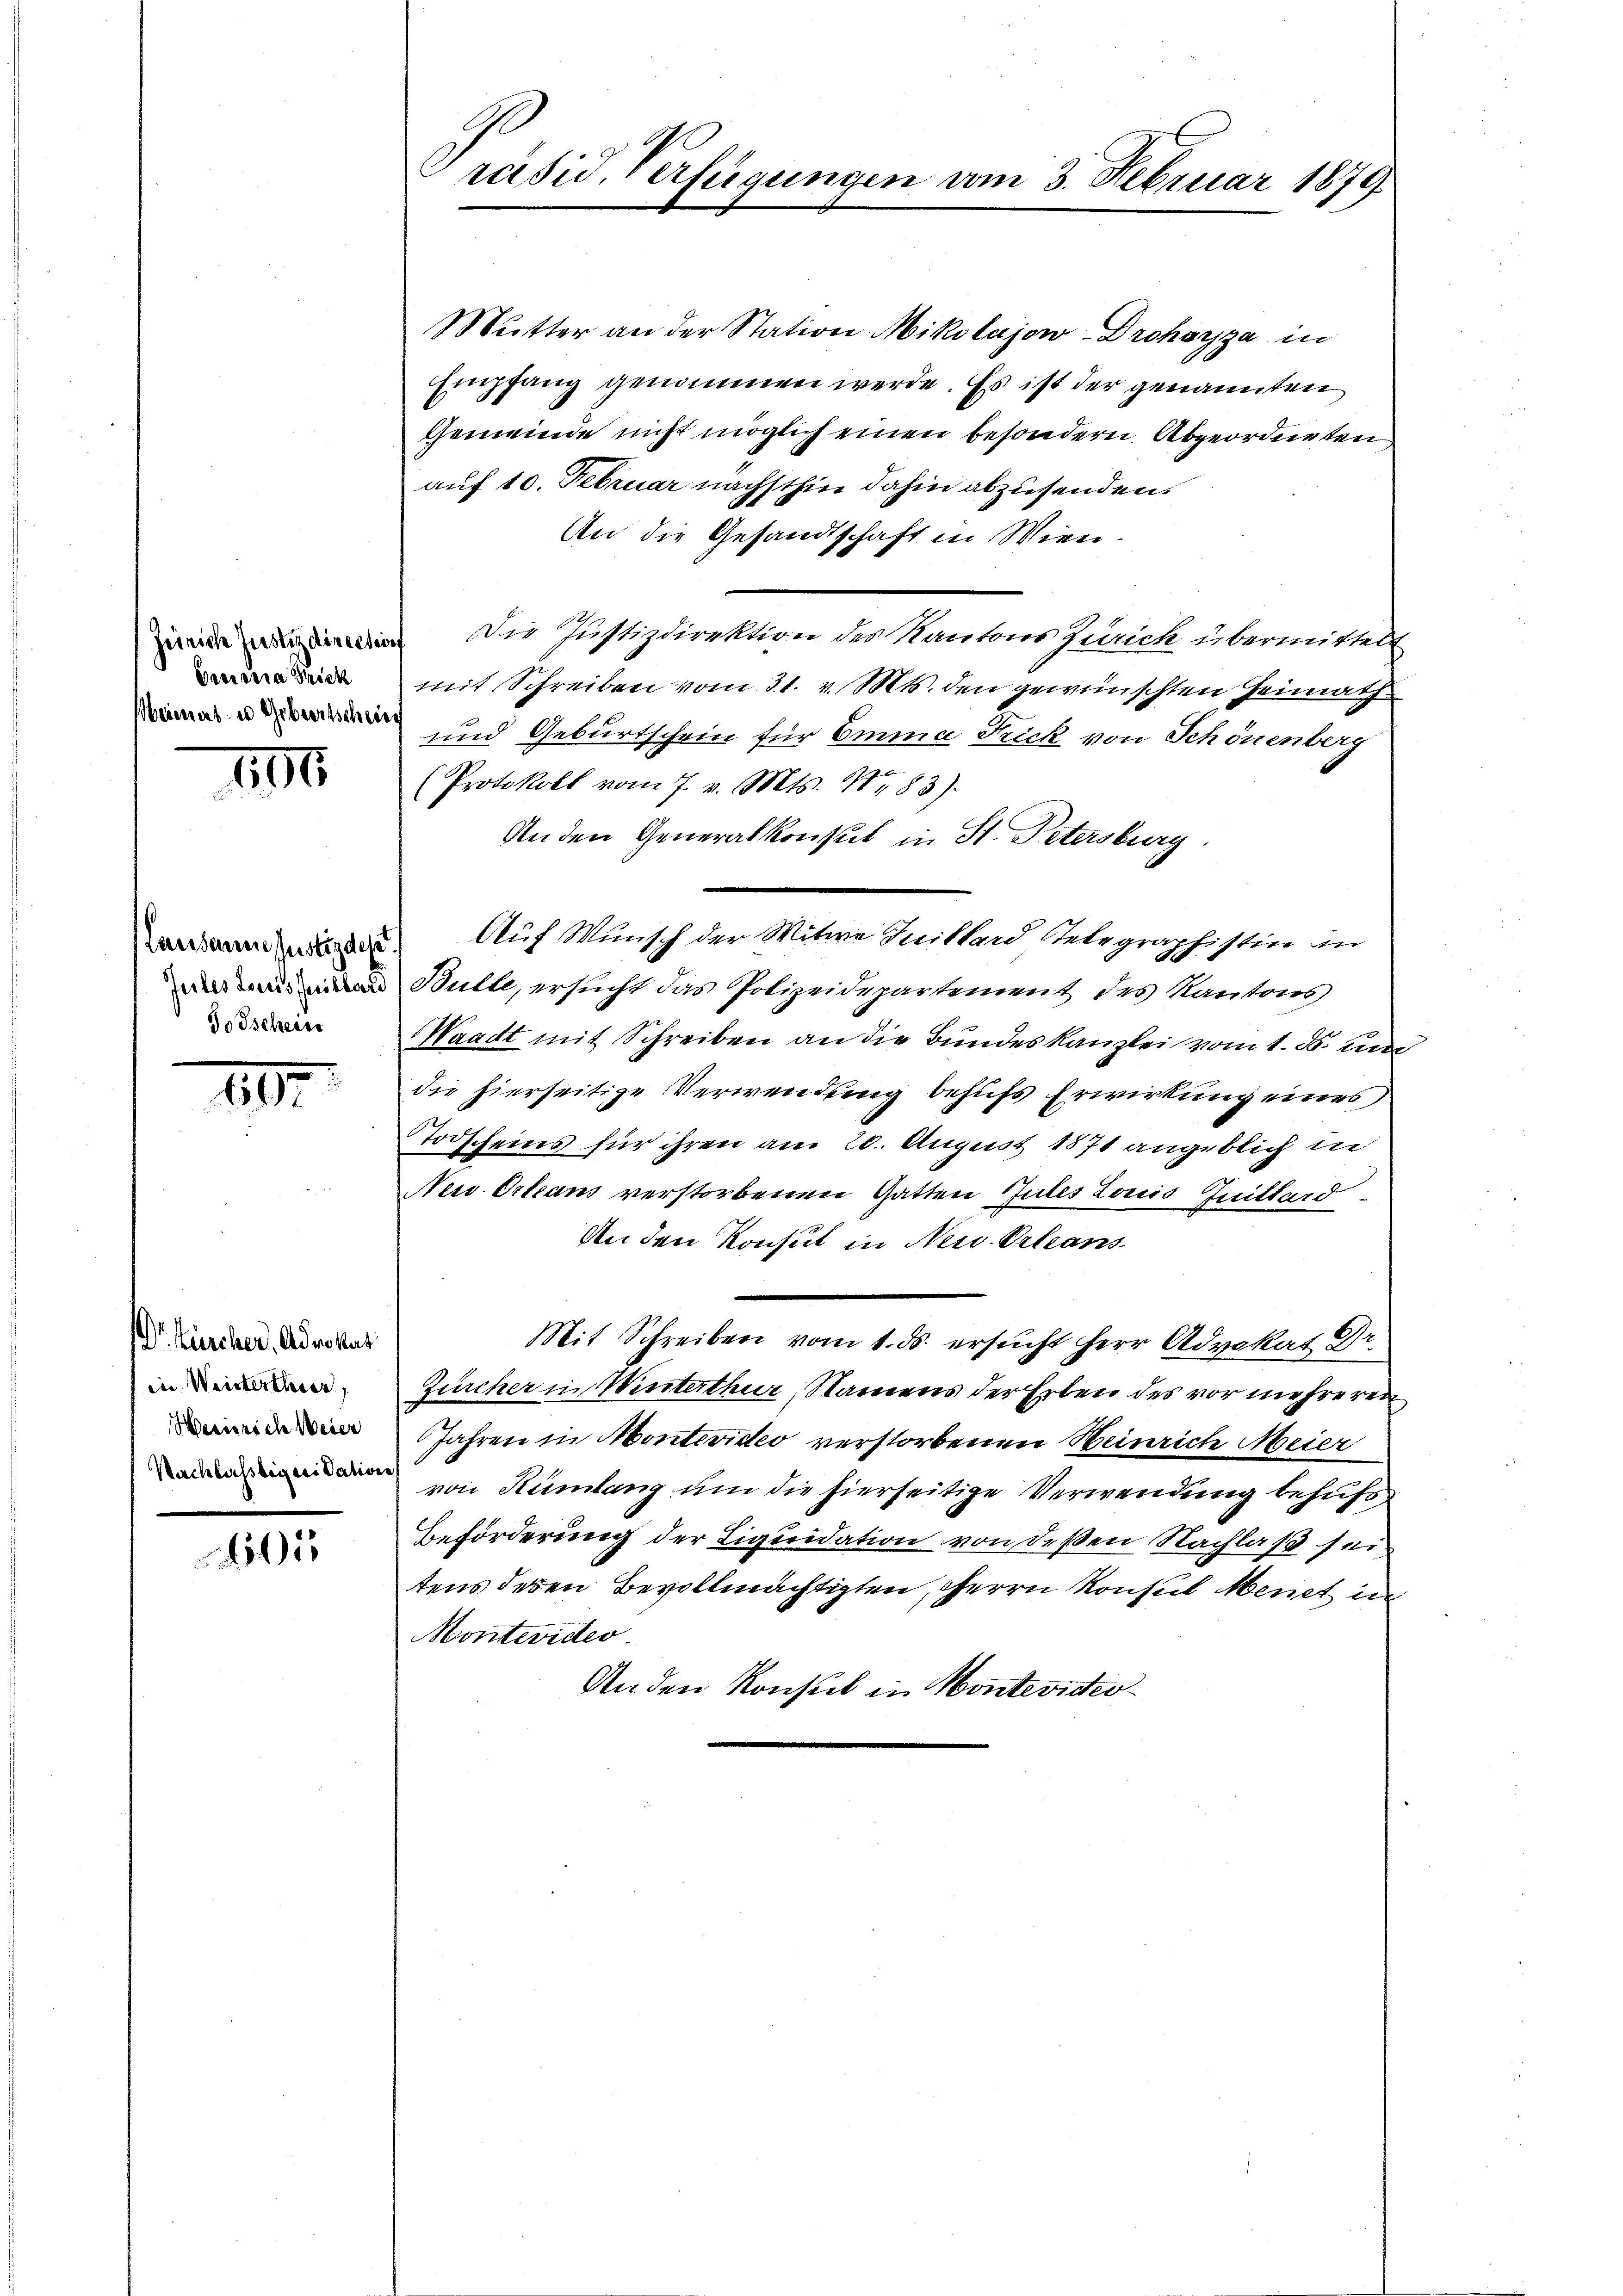
Parisera dick

1191

Lausanne justizdese
Juites Loreis Feilbar
Todscheits

1

Dr. Zürcher, Advokat
1 in Weisterther,
Weinriche Weier
Nachlassberei dation

01

räsid. Verfügungen vom 3. Februar 1879

Mutter an der Station Mikolajow-Drohoyga in
Empfang genommen werde. Es ist der genannten
Gemeinde nicht möglich einen besondern Abgeordneten
auf 10. Februar nächsthin dahin abzusenden.
An die Gesandtschaft in Wien.
 Die Justizdirektion des Kantons Zürich übermittelt
mit Schreiben vom 31. v. Mts. den gewünschten Heimath
 und Geburtschein für bene Such von Schönenberg
(Protokoll vom 7. v. Mts. S. 83)
An den Generalkonsul in St. Petersburg.
Auf Wunsch der Witwe Inikkard Telegraphistin an
Bulle, ersucht das Polizeidepartement des Kantons
Waadt mit Schreiben an die Bundeskanzlei vom 1. ds. mi
die hierseitige Verwendung behufs Erwirkung eines
Todscheins für ihren am 20. August 1871 angeblich in
Neu Orleans verstorbenen Gatten Jules Louis Quittord¬
An den Konsul in Neu Orleans
Mit Schreiben vom 1. ds. ersucht herr Advokat Dr.
Zürcher in Winterthur, Namens der Erben des vor mehreren
Jahren in Montevideo verstorbenen Heinrich Meier
von Rümlang um die hierseitige Verwendung behufs
Beförderung der Liquidation von deßen Nachlaß sein
tens deren Bevollmächtigten, herrn Konsul Menet in
Montevideo
An den Konsul in Montevideo